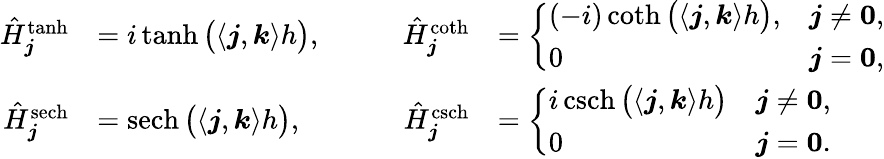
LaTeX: \begin{array}{rlrl}{\hat{H}_{\boldsymbol j}^{\operatorname{tanh}}}&{=i\operatorname{tanh}\big(\langle\boldsymbol j,\boldsymbol k\rangle h\big),}&{\qquad\hat{H}_{\boldsymbol j}^{\coth}}&{=\left\{ \begin{array}{ll}{(-i)\coth\big(\langle\boldsymbol j,\boldsymbol k\rangle h\big),}&{\boldsymbol j\ne\boldsymbol 0,}\\ {0}&{\boldsymbol j=\boldsymbol 0,}\end{array}\right.}\\ {\hat{H}_{\boldsymbol j}^{\operatorname{sech}}}&{=\operatorname{sech}\big(\langle\boldsymbol j,\boldsymbol k\rangle h\big),}&{\qquad\hat{H}_{\boldsymbol j}^{\operatorname{csch}}}&{=\left\{ \begin{array}{ll}{i\operatorname{csch}\big(\langle\boldsymbol j,\boldsymbol k\rangle h\big)}&{\boldsymbol j\ne\boldsymbol 0,}\\ {0}&{\boldsymbol j=\boldsymbol 0.}\end{array}\right.}\end{array}